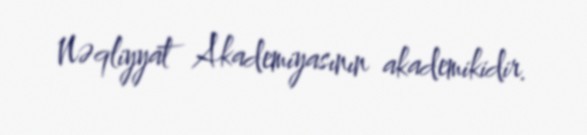
Nəqliyyat Akademiyasının akademikidir.